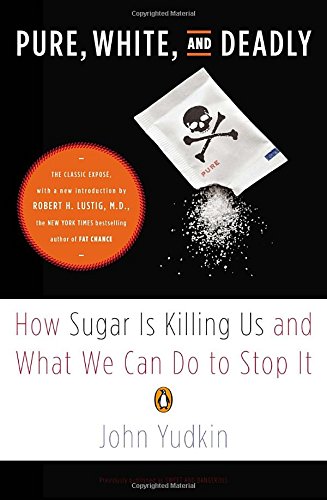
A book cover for Pure, White, and Deadly: How Sugar Is Killing Us and What We Can Do to Stop It; John Yudkin; Science & Math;